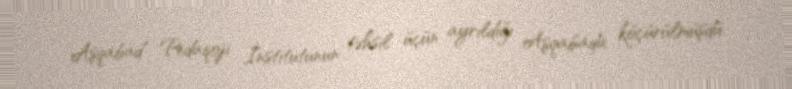
Aşqabad Pedaqoji İnstitutunun təhsil üçün ayrıldığı Aşqabada köçürülmüşdü.